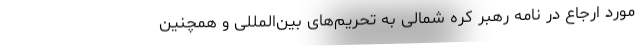
مورد ارجاع در نامه رهبر کره شمالی به تحریم‌های بین‌المللی و همچنین